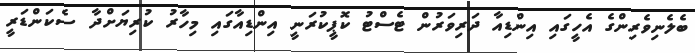
ބެލެނިވެރިންގެ އެހީގައި އިންޑިއާ ދަރިވަރުން ޓެސްޓު ކޮޕީކުރަނީ އިންޑިއާގައި މިހާރު ކުރިޔަށްދާ ސެކަންޑަރީ